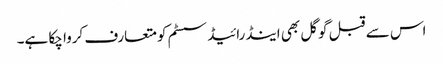
اس سے قبل گوگل بھی اینڈرائیڈ سسٹم کو متعارف کروا چکا ہے۔